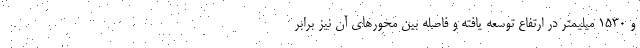
و 1530 میلیمتر در ارتفاع توسعه یافته و فاصله بین محورهای آن نیز برابر